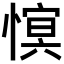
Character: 𢟫